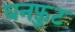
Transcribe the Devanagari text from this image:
घनफ़ुट